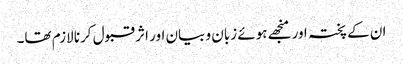
ان کے پختہ اور منجھے ہوئے زبان و بیان اور اثر قبول کرنا لازم تھا۔